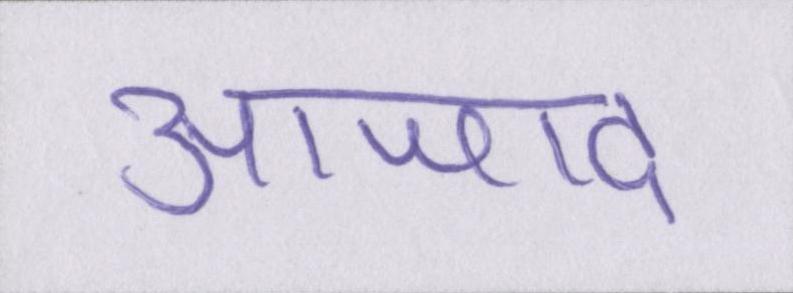
आजाद